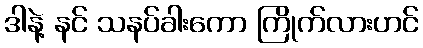
ဒါနဲ့ နင် သနပ်ခါးကော ကြိုက်လားဟင်